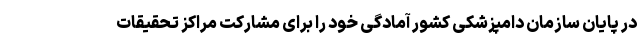
در پایان سازمان دامپزشکی کشور آمادگی خود را برای مشارکت مراکز تحقیقات